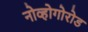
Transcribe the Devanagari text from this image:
नोव्होगोरोड